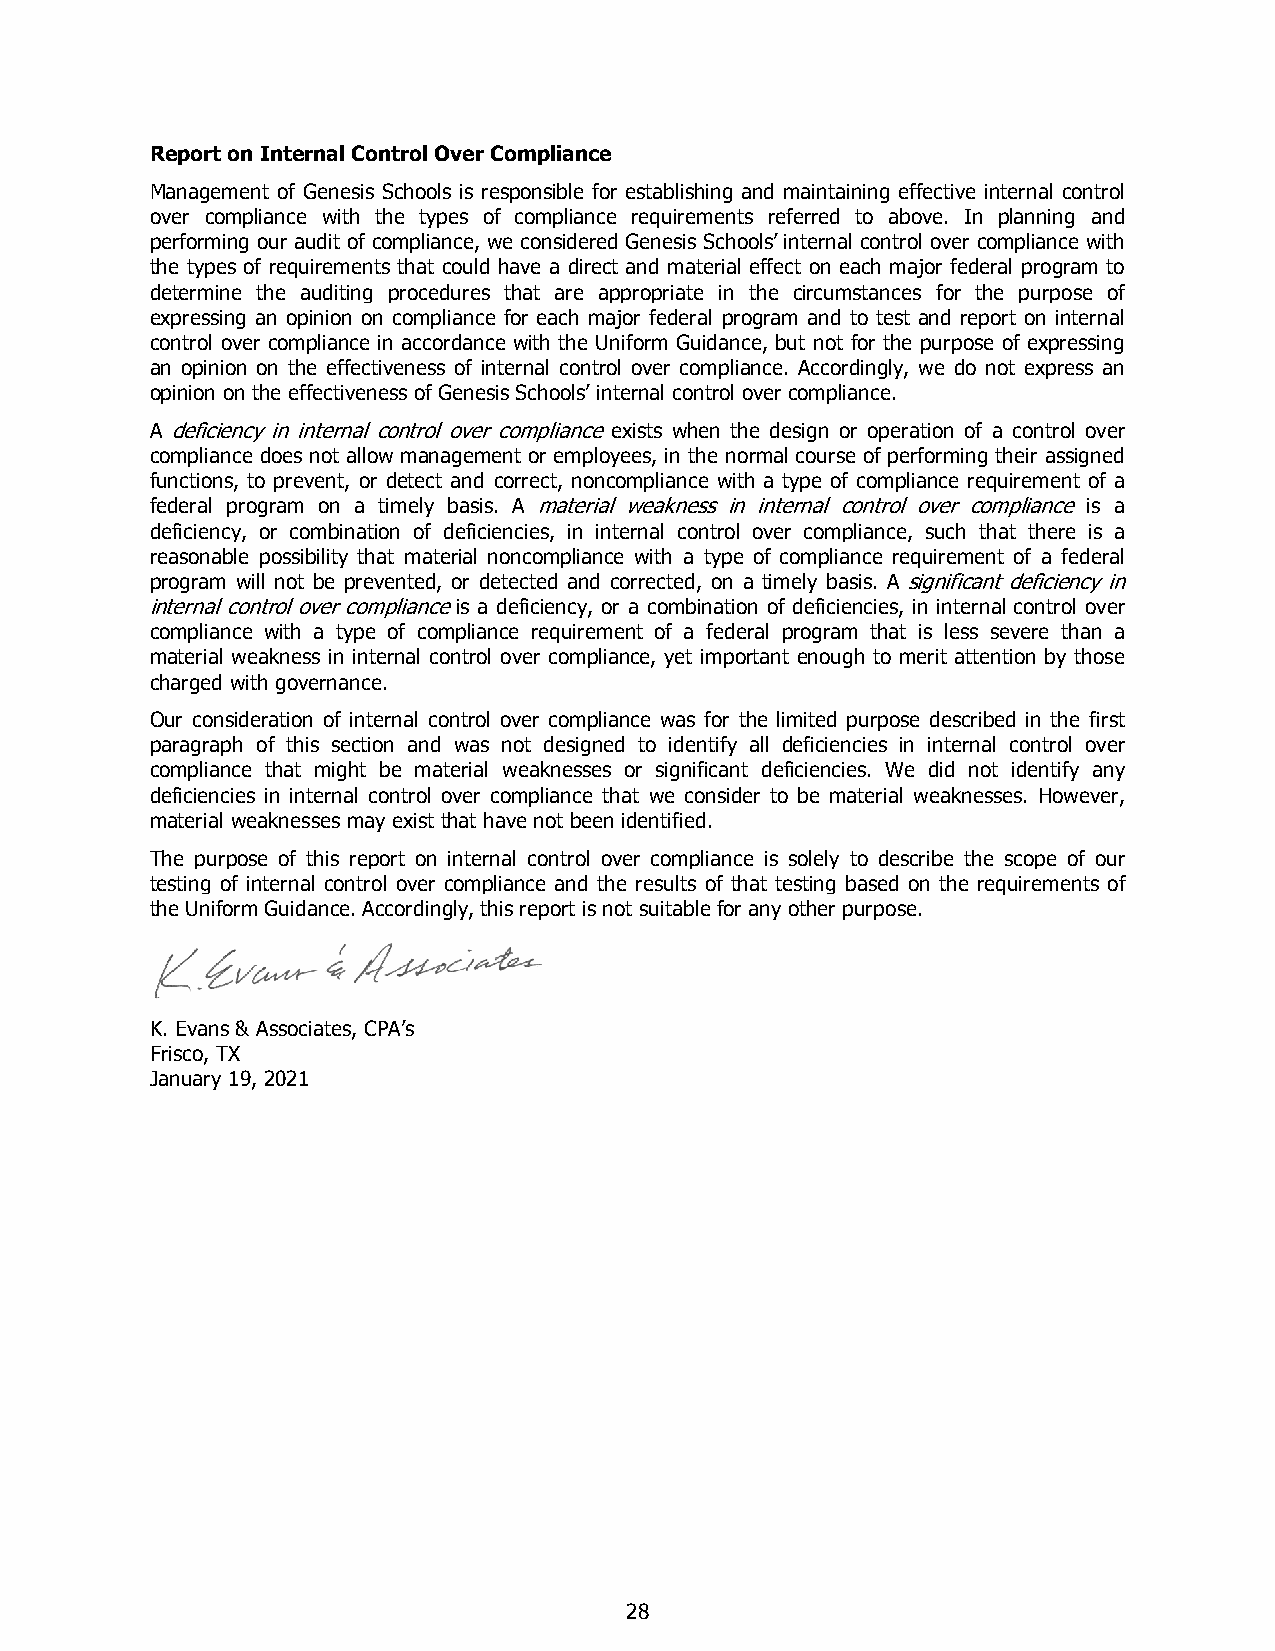
Report on Internal Control Over Compliance
 Management of Genesis Schools is responsible for establishing and maintaining effective internal control
 over compliance with the types of compliance requirements referred to above. In planning and
 performing our audit of compliance, we considered Genesis Schools’ internal control over compliance with
 the types of requirements that could have a direct and material effect on each major federal program to
 determine the auditing procedures that are appropriate in the circumstances for the purpose of
 expressing an opinion on compliance for each major federal program and to test and report on internal
 control over compliance in accordance with the Uniform Guidance, but not for the purpose of expressing
 an opinion on the effectiveness of internal control over compliance. Accordingly, we do not express an
 opinion on the effectiveness of Genesis Schools’ internal control over compliance.
 A deficiency in internal control over compliance exists when the design or operation of a control over
 compliance does not allow management or employees, in the normal course of performing their assigned
 functions, to prevent, or detect and correct, noncompliance with a type of compliance requirement of a
 federal program on a timely basis. A material weakness in internal control over compliance is a
 deficiency, or combination of deficiencies, in internal control over compliance, such that there is a
 reasonable possibility that material noncompliance with a type of compliance requirement of a federal
 program will not be prevented, or detected and corrected, on a timely basis. A significant deficiency in
 internal control over compliance is a deficiency, or a combination of deficiencies, in internal control over
 compliance with a type of compliance requirement of a federal program that is less severe than a
 material weakness in internal control over compliance, yet important enough to merit attention by those
 charged with governance.
 Our consideration of internal control over compliance was for the limited purpose described in the first
 paragraph of this section and was not designed to identify all deficiencies in internal control over
 compliance that might be material weaknesses or significant deficiencies. We did not identify any
 deficiencies in internal control over compliance that we consider to be material weaknesses. However,
 material weaknesses may exist that have not been identified.
 The purpose of this report on internal control over compliance is solely to describe the scope of our
 testing of internal control over compliance and the results of that testing based on the requirements of
 the Uniform Guidance. Accordingly, this report is not suitable for any other purpose.
 K. Evans & Associates, CPA’s
 Frisco, TX
 January 19, 2021
 28